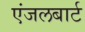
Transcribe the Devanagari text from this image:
एंजलबार्ट